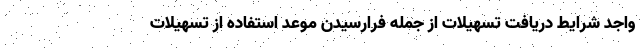
واجد شرایط دریافت تسهیلات از جمله فرارسیدن موعد استفاده از تسهیلات